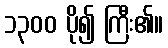
၁၃၀၀ ပို၍ ကြီး၏။